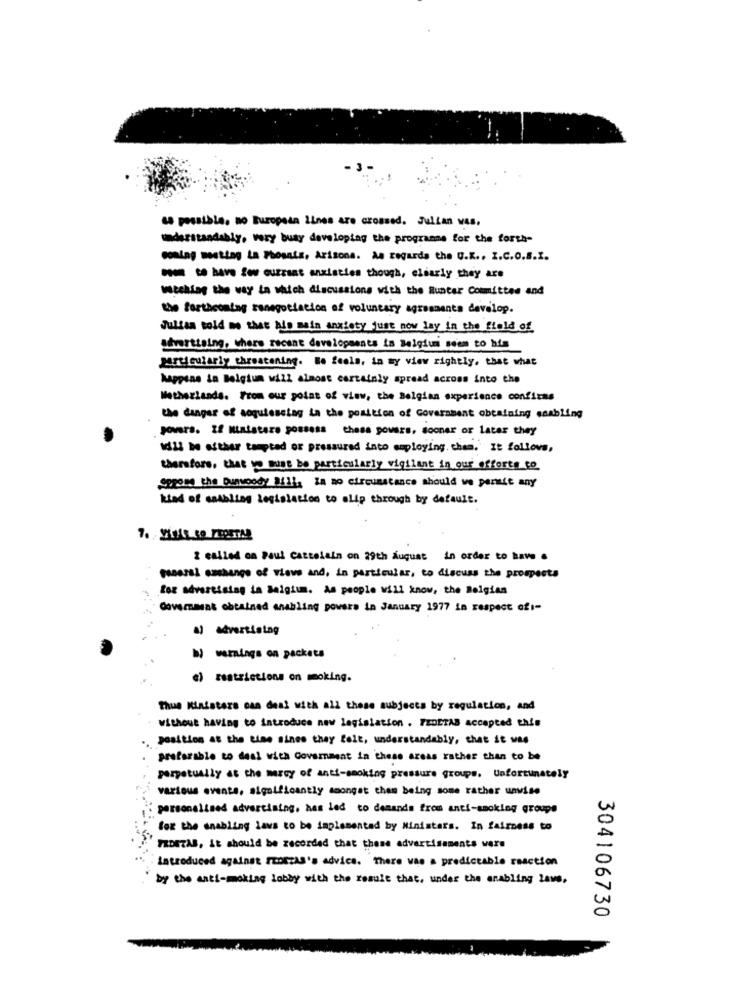
- 3.
sa possible. no Buropeta lines are crossed. Julian vas,
understandably, very busy developing the programme for the forsa-
coming meeting La Phoenix, Arizona. As requrda the U.K ., I.C.o.8.1.
men to have few currant anxieties though, clearly they are
watching the way in which discussions with the Runter Committee and
the forthcoming sonegotiation of voluntary agreements develop.
Julian told me that his main anxiety just now lay in the field of
shvertising, where recent developments in Belgium seem to him
particularly threatening. He feels, in my view rightly, that what
happens in Belgium will almost certainly spread across into the
Methezlands. From our point of view, the Belgian experience confirms
the danger of aoquiessing La the position of Government obtaining enabling
sovers. ze Ministero possess these powers, sooner or later they
1d12 be either tempted or pressured into employing. them. It follows,
therefore, that yo must be particularly vigilant in our efforts to
SpRos the Dunwoody Bill, Za no circumstance should we pensée any
kind of setbliss legislation to slip through by default.
2 called on Paul cattelain on 29th August in order to have .
general sachange of views and, in particular, to discuss the prospects
for Advertising in Belgium. As people will know, the Belgian
Governawas obtained anabling powers in January 1977 in respect of :-
al advertistag
hmmings on packets
«) restrictions on moking.
Thus Ministers can deal with all these subjects by regulation, and
without having to introduce new legislation . FEDETAB accepted this
position at the time since they felt, understandably, that it was
preferable to deal with Goverment in these areas rather than to be
perpetually at the mercy of anti-smoking pressure groups. Unfortunately
various events, significantly amongst them being some rather unwise
personalised advertising, has led to demands from anti-smoking groupe
for the enabling lavs to be implemented by Ministers. In fairness to
FEDETAB, It should be recorded that these advertisements vers
introduced against TEDEZAS's advice. There was a predictable reaction
by the anti-moking lobby with the result that, under the enabling laws,
304106730